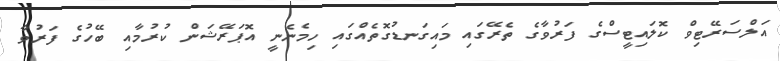
އަލްސަރޭޓިވް ކޮލައިޓީސްގެ ފަރުވާގެ ތެރޭގައި މައިގަނޑުގޮތެއްގައި ހިމެނެނީ އޮޕަރޭޝަން ކުރުމާއި ބޭހުގެ ފަރުވާ